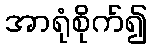
အာရုံစိုက်၍